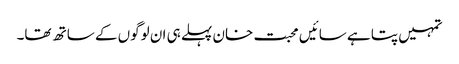
تمہیں پتا ہے سائیں محبت خان پہلے ہی ان لوگوں کے ساتھ تھا۔